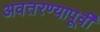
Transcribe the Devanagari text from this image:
अवतरण्यापूर्वी